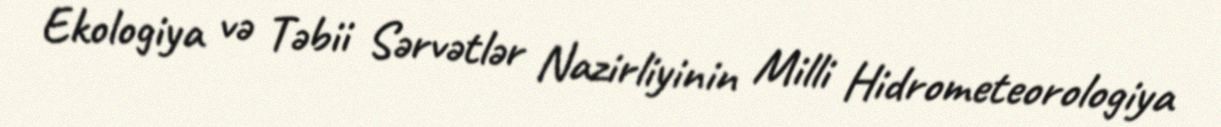
Ekologiya və Təbii Sərvətlər Nazirliyinin Milli Hidrometeorologiya